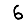
Digit: 6